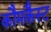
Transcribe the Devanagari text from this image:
कौमकैस्ट